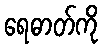
ရေဓာတ်ကို